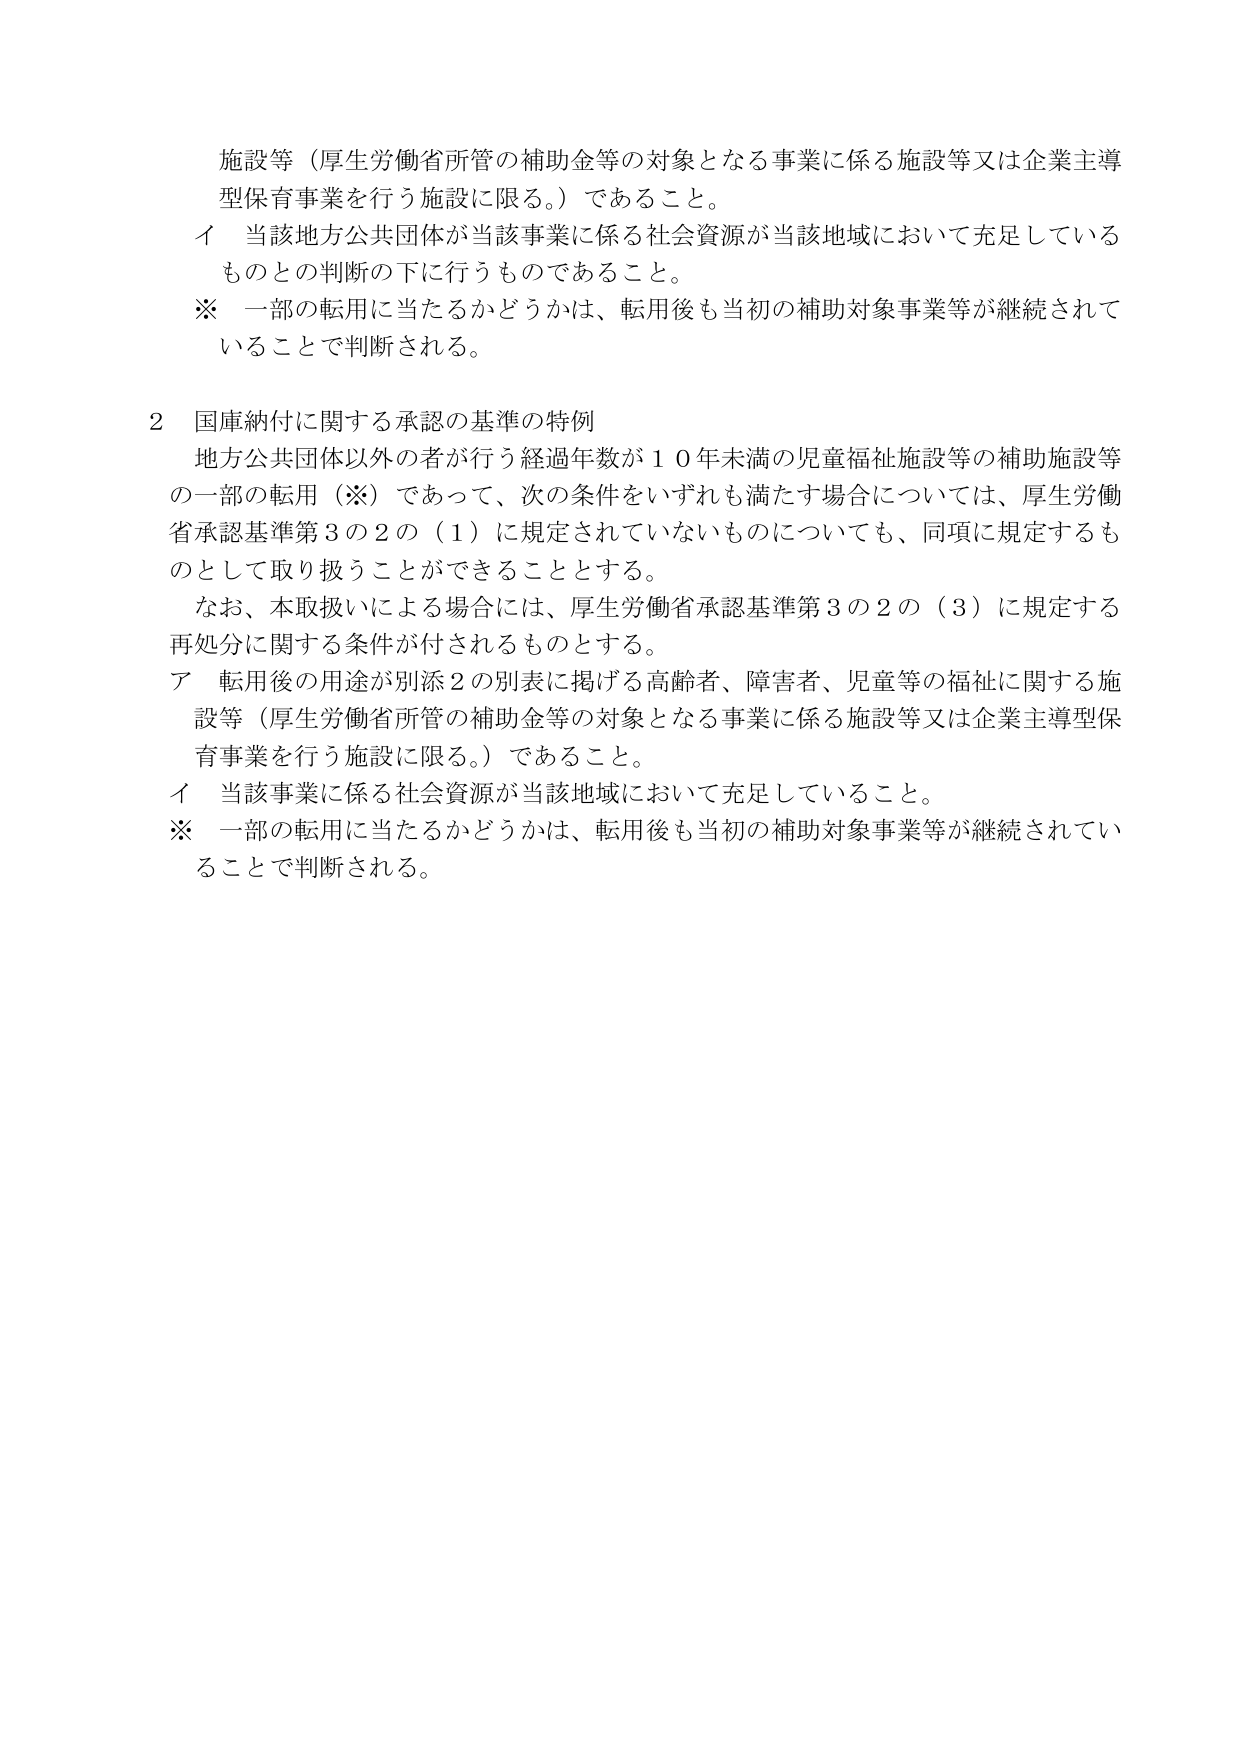
施設等（厚生労働省所管の補助金等の対象となる事業に係る施設等又は企業主導型保育事業を行う施設に限る。）であること。
イ 当該地方公共団体が当該事業に係る社会資源が当該地域において充足しているものとの判断の下に行うものであること。
※ 一部の転用に当たるかどうかは、転用後も当初の補助対象事業等が継続されていることで判断される。

2 国庫納付に関する承認の基準の特例
地方公共団体以外の者が行う経過年数が１０年未満の児童福祉施設等の補助施設等の一部の転用（※）であって、次の条件をいずれも満たす場合については、厚生労働省承認基準第3の2の（1）に規定されていないものについても、同項に規定するものとして取り扱うことができるものとする。
なお、本取扱いによる場合には、厚生労働省承認基準第3の2の（3）に規定する再処分に関する条件が付されるものとする。
ア 転用後の用途が別添2の別表に掲げる高齢者、障害者、児童等の福祉に関する施設等（厚生労働省所管の補助金等の対象となる事業に係る施設等又は企業主導型保育事業を行う施設に限る。）であること。
イ 当該事業に係る社会資源が当該地域において充足していること。
※ 一部の転用に当たるかどうかは、転用後も当初の補助対象事業等が継続されていることで判断される。